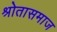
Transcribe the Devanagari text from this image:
श्रोतासमाज